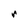
Character: r